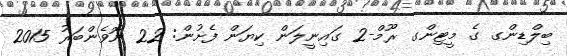
ބިލްޑިންގ ގެ މީޓިންގ ރޫމް-2 ގައިނީލަން ކިޔަން ފެށުން: 22 ނޮވެންބަރު 2015